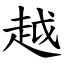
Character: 越